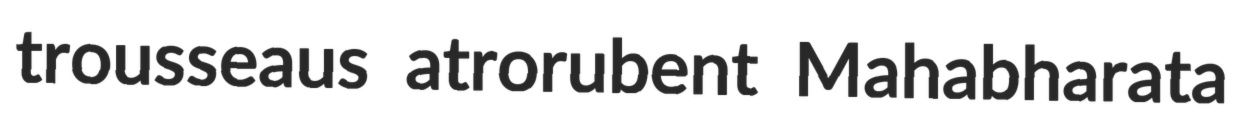
trousseaus atrorubent Mahabharata